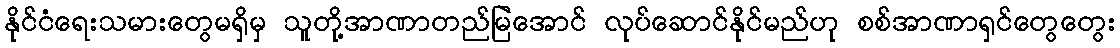
နိုင်ငံရေးသမားတွေမရှိမှ သူတို့အာဏာတည်မြဲအောင် လုပ်ဆောင်နိုင်မည်ဟု စစ်အာဏာရှင်တွေတွေး